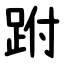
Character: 跗